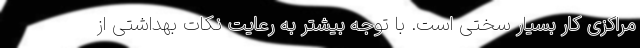
مراکزی کار بسیار سختی است. با توجه بیشتر به رعایت نکات بهداشتی از